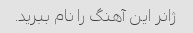
ژانر این آهنگ را نام ببرید.